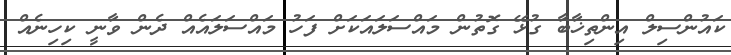
ކައުންސިލް އިންތިޚާބާ ގުޅޭ ގޮތުން މައްސަލައަކަށް ފަހު މައްސަލައެއް ދެން ވާނީ ކިހިނެއް